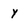
Character: Y